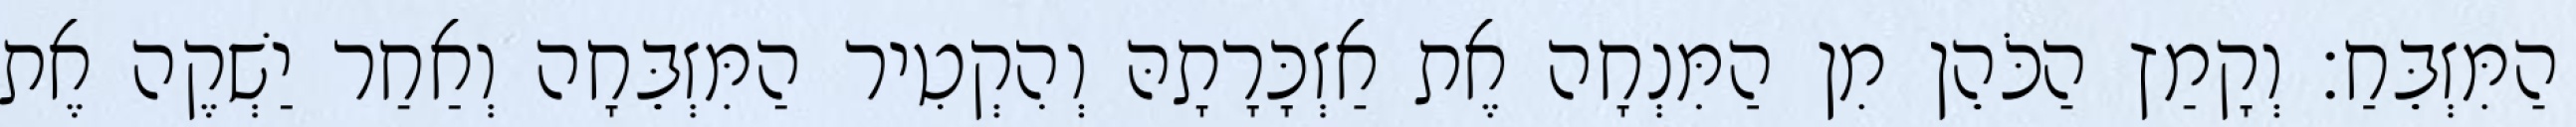
הַמִּזְבֵּחַ׃ וְקָמַץ הַכֹּהֵן מִן הַמִּנְחָה אֶת אַזְכָּרָתָהּ וְהִקְטִיר הַמִּזְבֵּחָה וְאַחַר יַשְׁקֶה אֶת